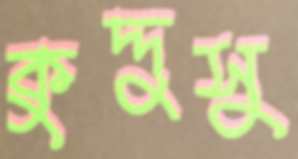
কুদ্দুসু